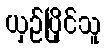
ယှဉ်ပြိုင်သူ